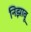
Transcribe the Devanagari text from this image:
निझावू